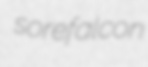
sorefalcon